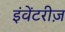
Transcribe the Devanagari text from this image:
इंवेंटरीज़